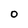
Character: O